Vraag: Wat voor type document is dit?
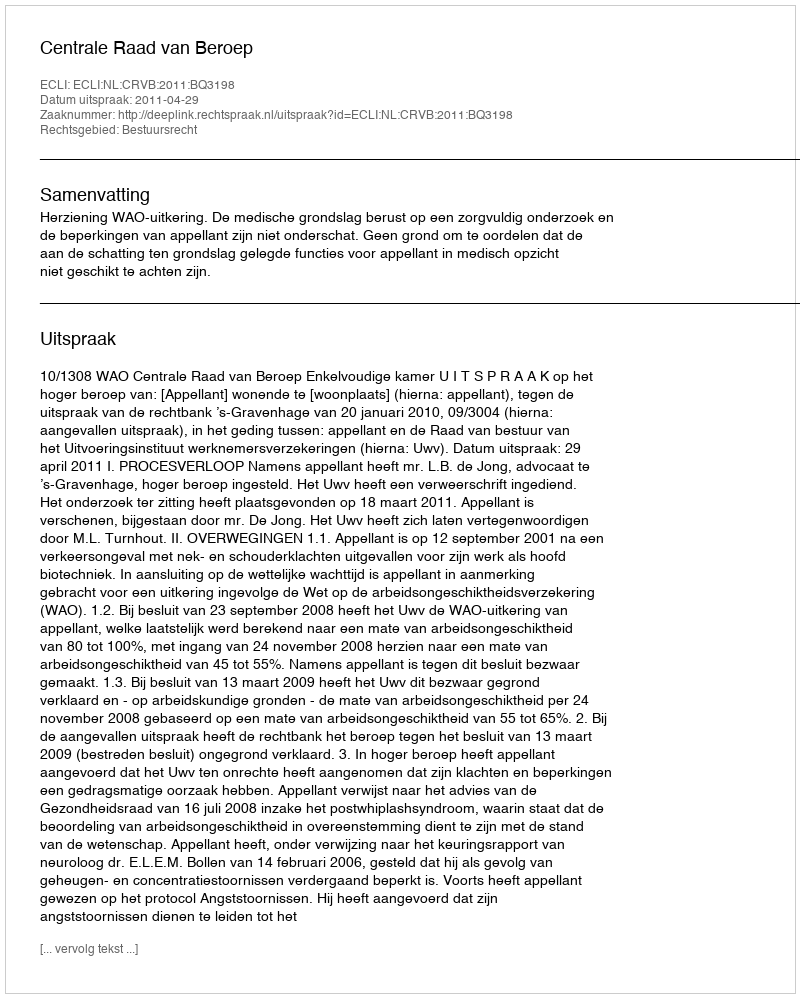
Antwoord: Uitspraak